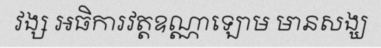
វង្ស អធិការវត្តឧណ្ណាឡោម មានសង្ឃ